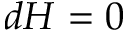
d H = 0